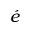
\acute { e }